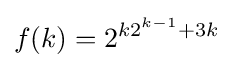
f(k)=2^{k2^{k-1}+3k}